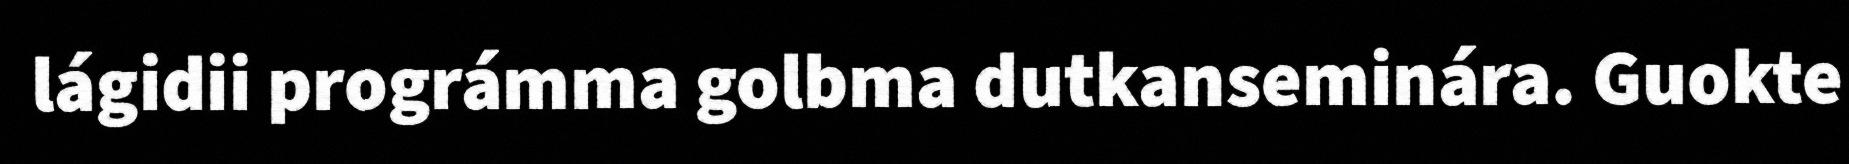
lágidii prográmma golbma dutkanseminára. Guokte